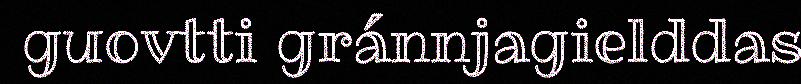
guovtti gránnjagielddas